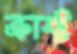
ক্রাফ্ট